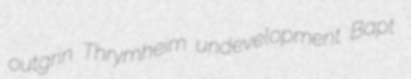
outgrin Thrymheim undevelopment Bapt